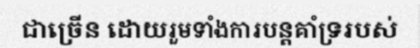
ជាច្រើន ដោយរួមទាំងការបន្តគាំទ្ររបស់